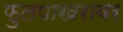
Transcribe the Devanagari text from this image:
फुलपाखरावर